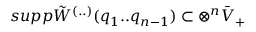
s u p p \tilde { W } ^ { ( . . ) } ( q _ { 1 } . . q _ { n - 1 } ) \subset \otimes ^ { n } \bar { V } _ { + }